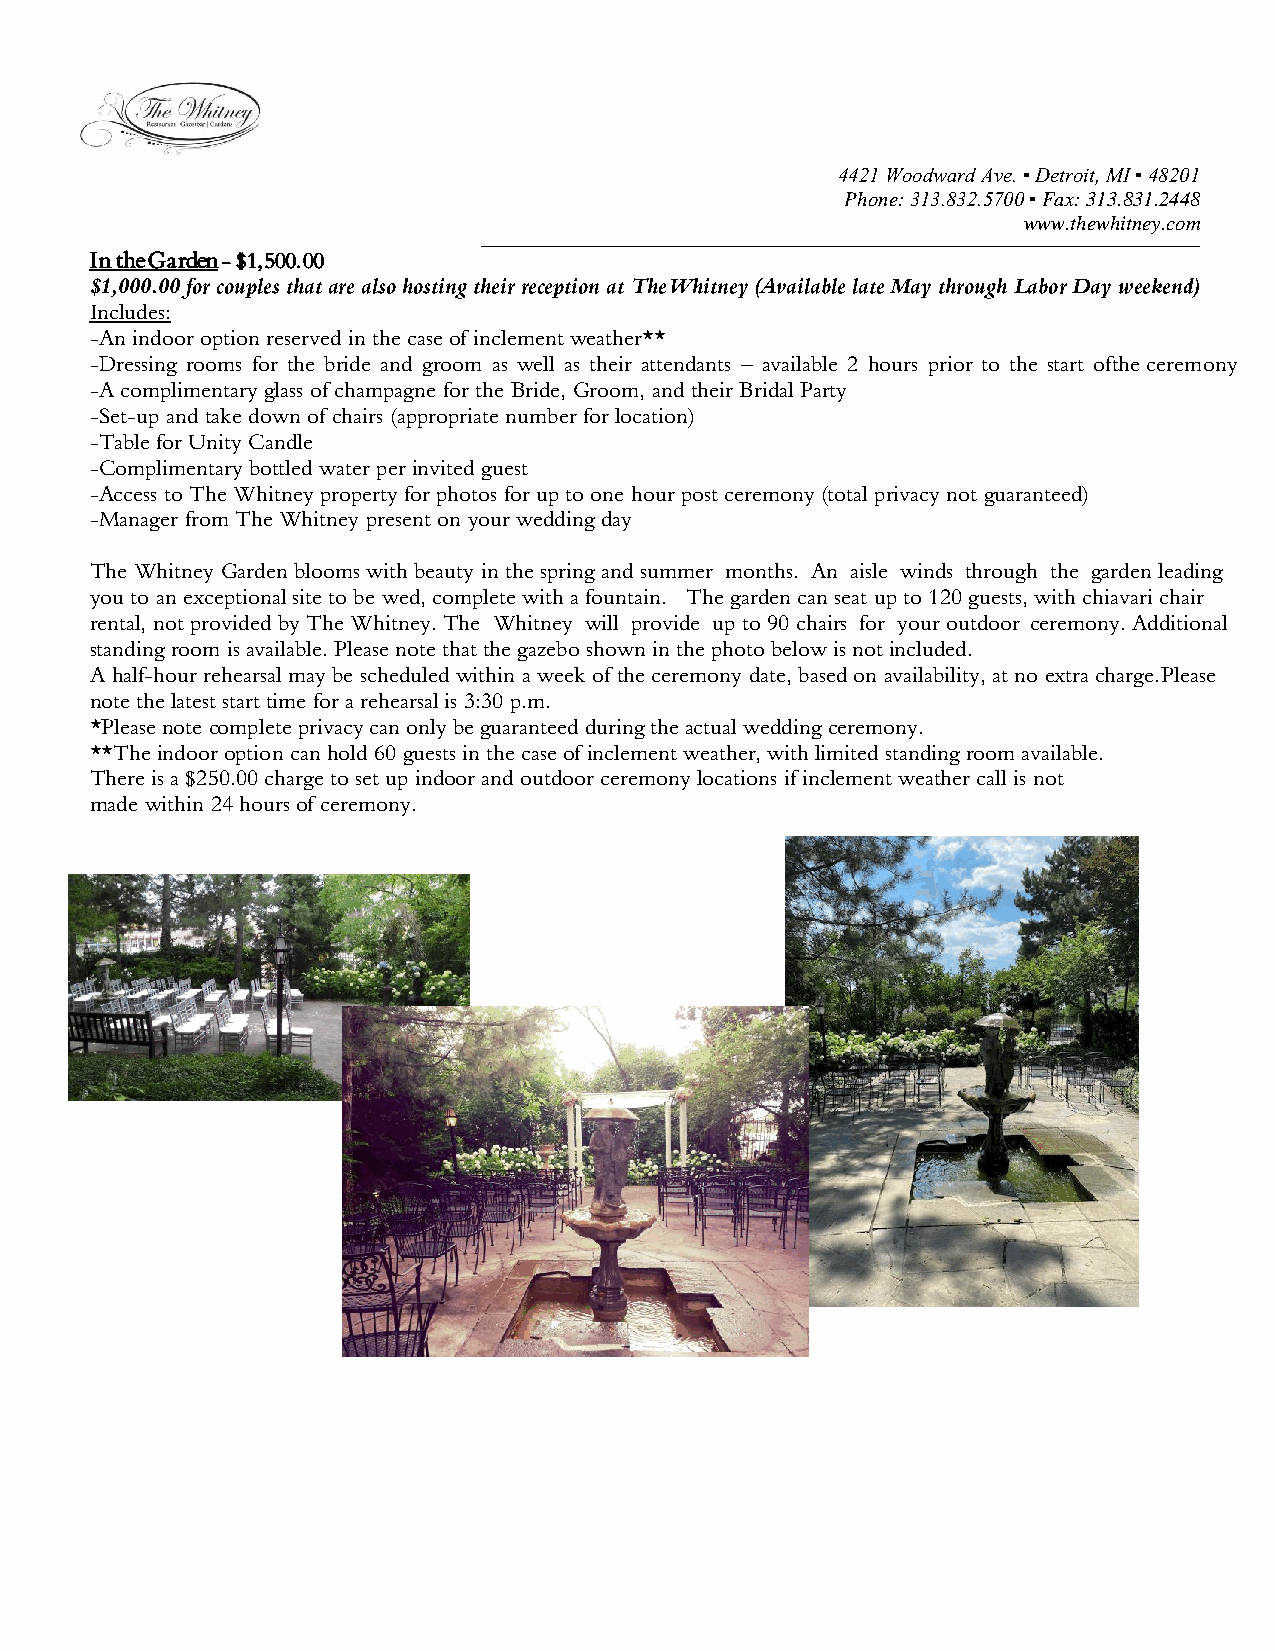
4421 Woodward Ave. ▪ Detroit, MI ▪ 48201
 Phone: 313.832.5700 ▪ Fax: 313.831.2448
 www.thewhitney.com
 In the Garden - $1,500.00
 $1,000.00 for couples that are also hosting their reception at The Whitney (Available late May through Labor Day weekend)
 Includes:
 -An indoor option reserved in the case of inclement weather**
 -Dressing rooms for the bride and groom as well as their attendants – available 2 hours prior to the start of the ceremony
 -A complimentary glass of champagne for the Bride, Groom, and their Bridal Party
 -Set-up and take down of chairs (appropriate number for location)
 -Table for Unity Candle
 -Complimentary bottled water per invited guest
 -Access to The Whitney property for photos for up to one hour post ceremony (total privacy not guaranteed)
 -Manager from The Whitney present on your wedding day
 The Whitney Garden blooms with beauty in the spring and summer months. An aisle winds through the garden leading
 you to an exceptional site to be wed, complete with a fountain. The garden can seat up to 120 guests, with chiavari chair
 rental, not provided by The Whitney. The Whitney will provide up to 90 chairs for your outdoor ceremony. Additional
 standing room is available. Please note that the gazebo shown in the photo below is not included.
 A half-hour rehearsal may be scheduled within a week of the ceremony date, based on availability, at no extra charge. Please
 note the latest start time for a rehearsal is 3:30 p.m.
 *Please note complete privacy can only be guaranteed during the actual wedding ceremony.
 **The indoor option can hold 60 guests in the case of inclement weather, with limited standing room available.
 There is a $250.00 charge to set up indoor and outdoor ceremony locations if inclement weather call is not
 made within 24 hours of ceremony.